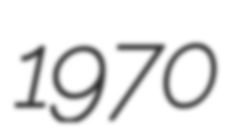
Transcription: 1970